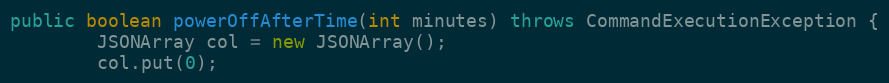
Language: Java
public boolean powerOffAfterTime(int minutes) throws CommandExecutionException {
        JSONArray col = new JSONArray();
        col.put(0);